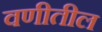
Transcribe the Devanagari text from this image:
वणीतील